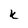
Character: k